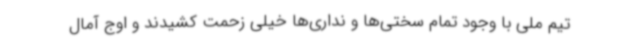
تیم ملی با وجود تمام سختی‌ها و نداری‌ها خیلی زحمت کشیدند و اوج آمال